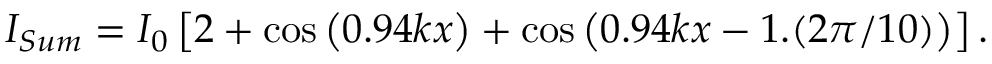
I _ { S u m } = I _ { 0 } \left[ 2 + \cos \left( 0 . 9 4 k x \right) + \cos \left( 0 . 9 4 k x - 1 . ( 2 \pi / 1 0 ) \right) \right] .